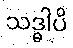
သဒ္ဓါပိ